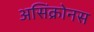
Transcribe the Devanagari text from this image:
असिंक्रोनस